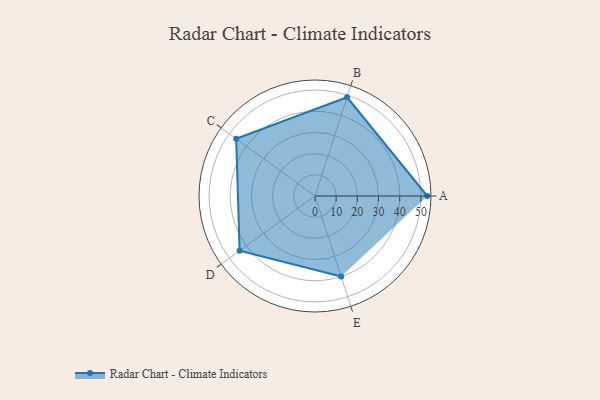
{"axis": {"x": "Skill", "y": "Score"}, "legend": ["Profile"], "data": [{"x": "A", "y": 53.0, "type": "Profile"}, {"x": "B", "y": 49.0, "type": "Profile"}, {"x": "C", "y": 46.0, "type": "Profile"}, {"x": "D", "y": 44.0, "type": "Profile"}, {"x": "E", "y": 40.0, "type": "Profile"}]}